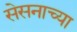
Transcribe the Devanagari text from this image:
सेसनाच्या